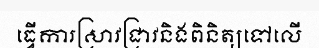
ធ្វើការស្រាវជ្រាវនិងពិនិត្យទៅលើ